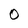
Character: O